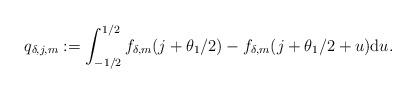
LaTeX: \begin{align*}q_{\delta,j,m} := \int_{-1/2}^{1/2} f_{\delta,m}(j+\theta_1/2) - f_{\delta,m}(j+\theta_1/2+u) \mathrm{d}u.\end{align*}